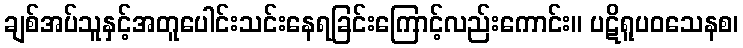
ချစ်အပ်သူနှင့်အတူပေါင်းသင်းနေရခြင်းကြောင့်လည်းကောင်း။ ပဋိရူပဝသေနစ၊